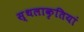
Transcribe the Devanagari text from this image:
स्थलाकृतियां